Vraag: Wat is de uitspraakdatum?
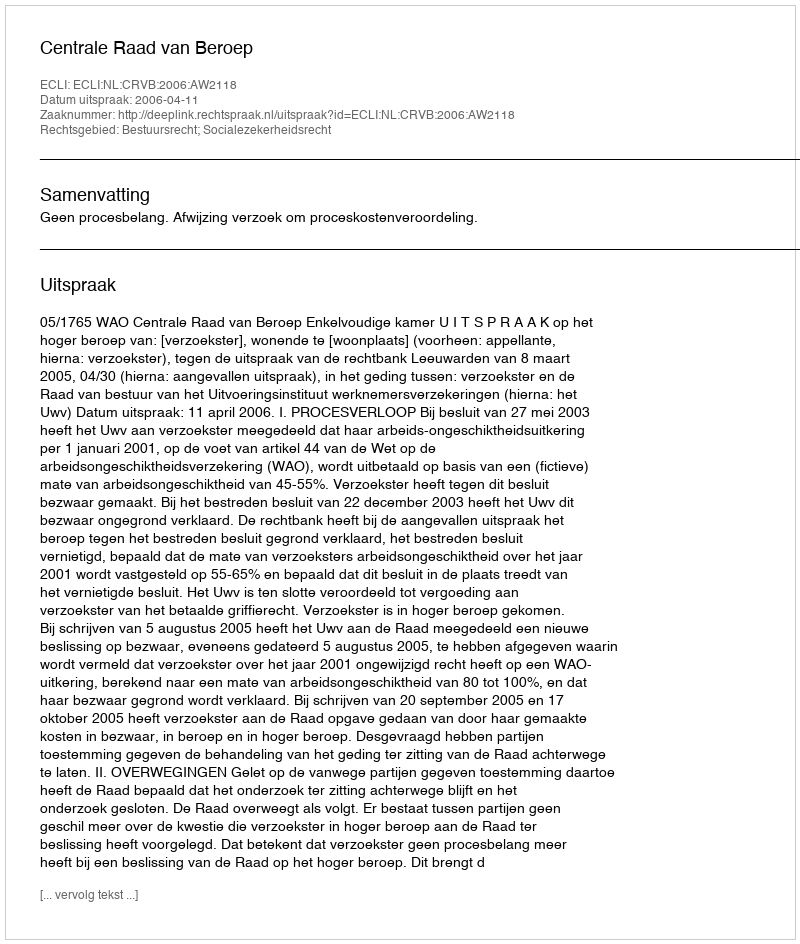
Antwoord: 2006-04-11